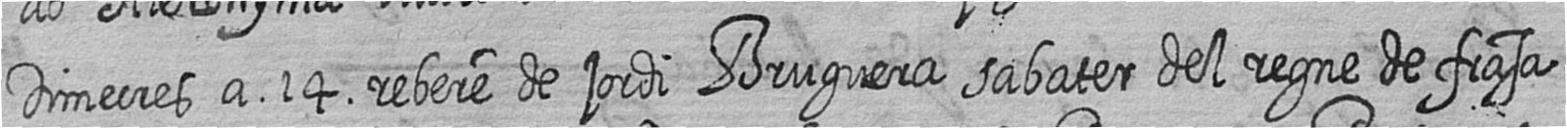
Dimecres a 14 rebere de jordi Bruguera sabater del regne de frasa